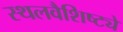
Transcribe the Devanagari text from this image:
स्थलवैशिष्ट्ये